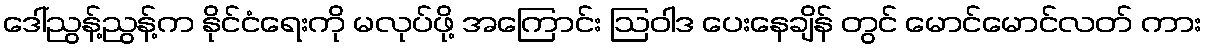
ဒေါ်ညွန့်ညွန့်က နိုင်ငံရေးကို မလုပ်ဖို့ အကြောင်း ဩဝါဒ ပေးနေချိန် တွင် မောင်မောင်လတ် ကား